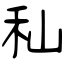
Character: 秈